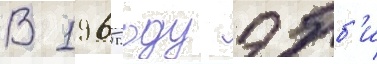
В 1965 году эбб'и